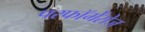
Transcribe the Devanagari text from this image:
परफॉर्मेंसेज